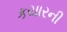
કયારની